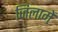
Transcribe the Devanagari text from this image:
जिलामें